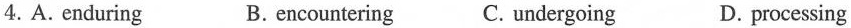
4. A. enduringB. encounteringC. undergoing D. processing